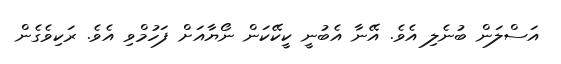
އަސްލަން ބުނެލި އެވެ. އޭނާ އެބުނީ ކީކޭކަން ނޯޔާއަށް ފަހުމްވި އެވެ. ރަކިވެގެން